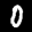
Label: 0